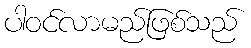
ပါဝင်လာမည်ဖြစ်သည်